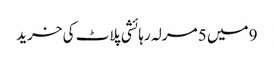
9 میں 5 مرلہ رہائشی پلاٹ کی خرید